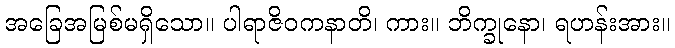
အခြေအမြစ်မရှိသော။ ပါရာဇိဝကနာတိ၊ ကား။ ဘိက္ခုနော၊ ရဟန်းအား။